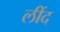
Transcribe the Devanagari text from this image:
लींद